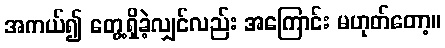
အကယ်၍ တွေ့ရှိခဲ့လျှင်လည်း အကြောင်း မဟုတ်တော့။